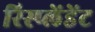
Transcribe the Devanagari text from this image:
रिस्प्लेंडेंट